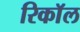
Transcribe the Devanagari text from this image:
रिकाॅल